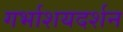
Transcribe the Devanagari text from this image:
गर्भाशयदर्शन